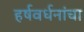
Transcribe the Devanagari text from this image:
हर्षवर्धनांचा